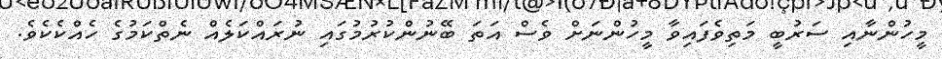
މީހުންނާއި ސަރުބީ މަތިވެފައިވާ މީހުންނަށް ވެސް އަތަ ބޭނުންކުރުމުގައި ނުރައްކަލެއް ނެތްކަމުގެ ހެއްކެކެވެ.